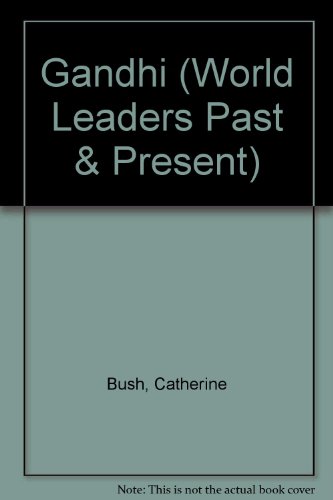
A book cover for Gandhi (World Leaders Past & Present); Catherine Bush; Teen & Young Adult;